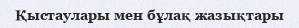
Қыстаулары мен бұлақ жазықтары